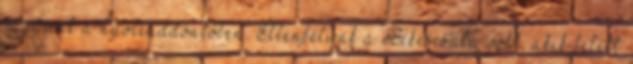
vagyunk a nyolcaddöntőben. Ellenfelünk a Békéscsaba volt, akik felett